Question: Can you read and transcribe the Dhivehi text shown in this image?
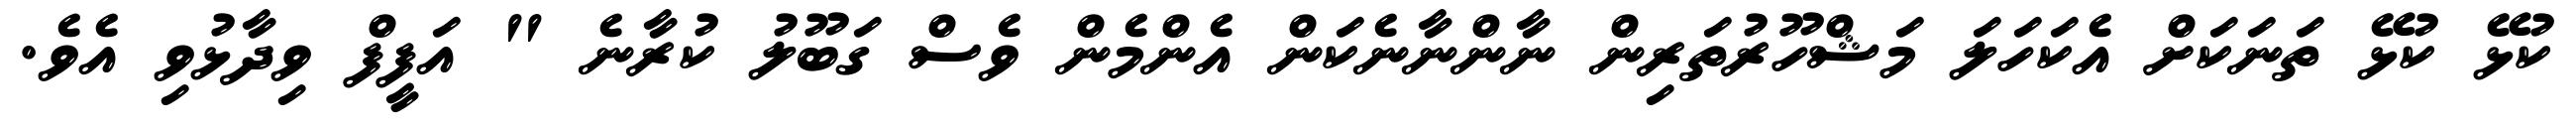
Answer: ކުޅޭ ކުޅޭ ތަނަކަށް އެކަހަލަ މަޝްހޫރުތަރިން ނާންނާނެކަން އެންމެން ވެސް ގަބޫލު ކުރާނެ " އަފީފް ވިދާޅުވި އެވެ.